Annual administration report of the Civil Veterinary Department of India - 1902-1903
Year: 1902
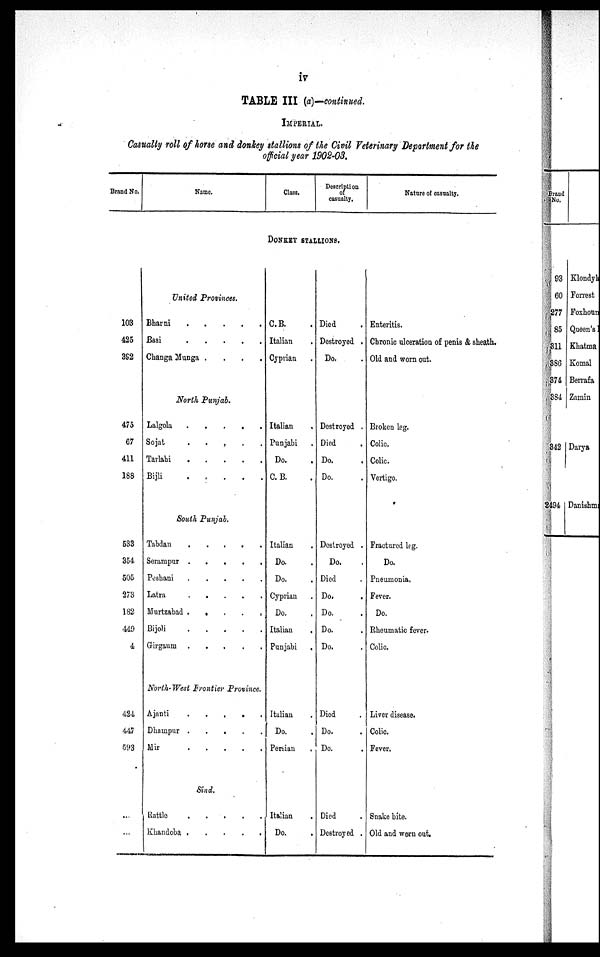
iv
TABLE III (a)—continued.
IMPERIAL.
Casualty roll of horse and donkey stallions of the Civil Veterinary Department for the
official year 1902-03.
Brand No.
Name.
Class.
Description
of
casualty.
Nature of casualty.
DONKEY STALLIONS.
103
425
392
475
67
411
188
533
354
505
273
182
449
4
424
447
593
...
...
United Provinces.
Bharni
.
.
.
.
.
Basi
.
.
.
.
.
Changa Munga .
.
.
.
North Punjab.
Lalgola
.
.
.
.
.
Sojat . . . . .
Tarlahi
.
.
.
.
.
Bijli
.
.
.
.
.
.
South Punjab.
Tabdan
.
.
.
.
.
Serampur
.
.
.
.
.
Peshani
.
.
.
.
.
Latra
. . . . .
Murtzabad . . . . . .
Bijoli
.
.
.
.
.
Girgaum .
.
.
.
.
North-West Frontier Province.
Ajanti
.
.
.
.
.
Dhampur
.
.
.
.
.
Mir
.
.
.
.
.
Sind.
Rattle
.
.
.
.
.
.
Khandoba
.
.
.
.
.
C.B. .
Italian .
Cyprian .
Italian
.
Punjabi .
Do. .
C.B. .
Italian .
Do. .
Do. .
Cyprian .
Do. .
Italian .
Punjabi
.
Italian .
Do.
Persian
Italian .
Do. .
Died .
Destroyed .
Do. .
Destroyed .
Died . .
Do. .
Do. .
Destroyed .
Do. .
Died .
Do. .
Do. .
Do. .
Do. .
Died . .
Do. .
Do. .
Died .
Destroyed .
Enteritis.
Chronic ulceration of penis & sheath.
Old and worn out.
Broken leg.
Colic.
Colic.
Vertigo.
Fractured leg.
Do.
Pneumonia.
Fever.
Do.
Rheumatic fever.
Colic.
Liver disease.
Colic.
Fever.
Snake bite.
Old and worn out.